Report on vaccination in Madras 1877-1894 - 1877-1894
Year: 1877
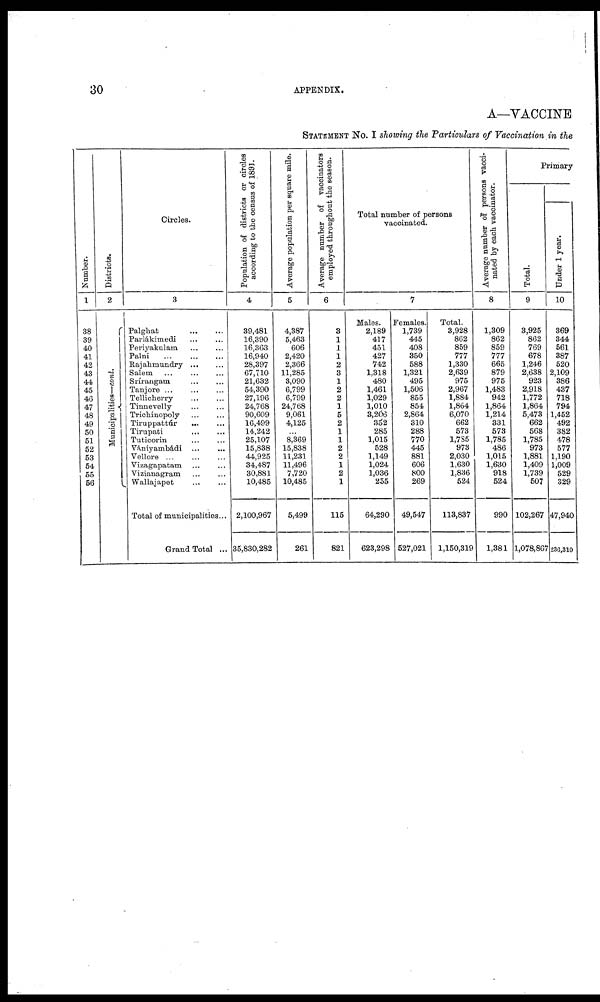
30
APPENDIX.
A—VACCINE
STATEMENT No. I showing the Particulars of Vaccination in the
Number.
1
38
39
40
41
42
43
44
45
46
47
48
49
50
51
52
53
54
55
56
Districts.
2
Municipalities—cont.
Circles.
3
Palghat
...
...
Parlákimedi
...
...
Periyakualam ... ...
Palni
...
...
...
Rajahmundry
...
...
Salem ... ... ...
Srírangam
...
...
Tanjore ... ... ...
Tellicherry ... ...
Tinnevelly ... ...
Trichinopoly ... ...
Tiruppattúr
...
...
Tirupati
...
...
Tuticorin ... ...
Vániyambádi ... ...
Vellore
...
...
...
Vizagapatam
...
...
Vizianagram ... ...
Wallajapet
...
...
Total of municipalities ...
Grand Total ...
Population of districts or circles
according to the census of 1891.
4
39,481
16,390
16,363
16,940
28,397
67,710
21,632
54,390
27,196
24,768
90,609
16,499
14,242
25,107
15,838
44,925
34,487
30,881
10,485
2,100,967
35,830,282
Average population per square mile.
5
4,387
5,463
606
2,420
2,366
11,285
3,090
6,799
6,799
24,768
9,061
4,125
...
8,369
15,838
11,231
11,496
7,720
10,485
5,499
261
Average number of vaccinators
employed throughout the season.
6
3
1
1
1
2
3
1
2
2
1
5
2
1
1
2
2
1
2
1
115
821
Total number of persons
vaccinated.
7
Males.
2,189
417
451
427
742
1,318
480
1,461
1,029
1,010
3,206
352
285
1,015
528
1,149
1,024
1,036
255
64,290
623,298
Females.
1,739
445
408
350
588
1,321
495
1,506
855
854
2,864
310
288
770
445
881
606
800
269
49,547
527,021
Total.
3,928
862
859
777
1,330
2,639
975
2,967
1,884
1,864
6,070
662
573
1,785
973
2,030
1,630
1,836
524
113,837
1,150,319
Average number of persons vacci-
nated by each vaccinator.
8
1,309
862
859
777
665
879
975
1,483
942
1,864
1,214
331
573
1,785
486
1,015
1,630
918
524
990
1,381
Primary
Total.
9
3,925
862
769
678
1,246
2,638
923
2,918
1,772
1,864
5,473
662
568
1,785
973
1,881
1,409
1,739
507
102,267
1,078,867
Under 1 year.
10
369
344
561
387
520
2,109
386
437
718
794
1,452
492
382
478
577
1,190
1,009
529
329
47,940
236,310